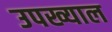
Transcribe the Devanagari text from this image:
उपख्याल